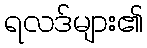
ရလဒ်များ၏